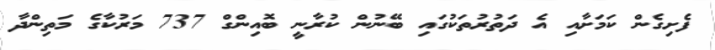
ފެށިގެން ކަމަށާއި އެ ދަތުރުތަކުގައި ބޭނުން ކުރާނީ ބޮއިންގް 737 މަރުކާގެ މަތިންދާ